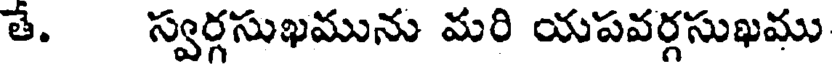
తే. స్వర్గసుఖమును మరి యపవర్గసుఖము